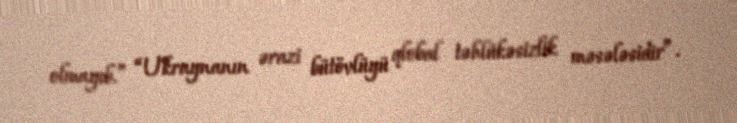
olmayıb.” “Ukraynanın ərazi bütövlüyü qlobal təhlükəsizlik məsələsidir”.